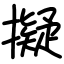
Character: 擬